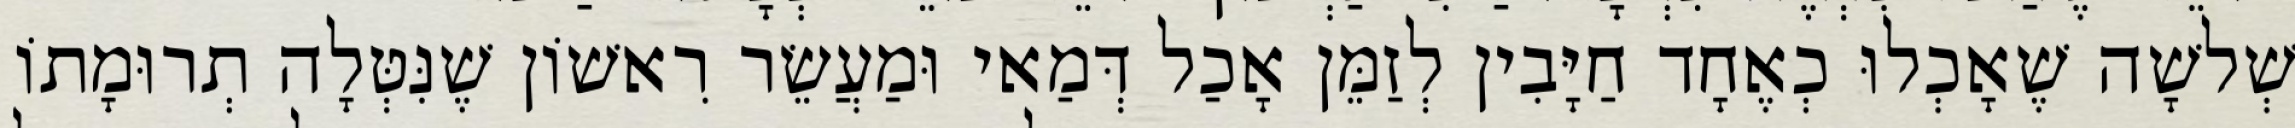
שְׁלשָׁה שֶׁאָכְלוּ כְאֶחָד חַיָּבִין לְזַמֵּן אָכַל דְּמַאי וּמַעֲשֵׂר רִאשׁוֹן שֶׁנִּטְּלָה תְרוּמָתוֹ